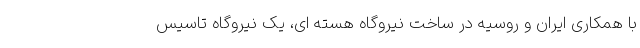
با همکاری ایران و روسیه در ساخت نیروگاه هسته ای، یک نیروگاه تاسیس